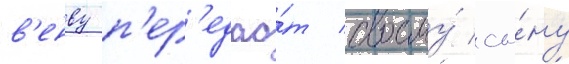
в'енву п'ер'едао́т своему́ сы́ну